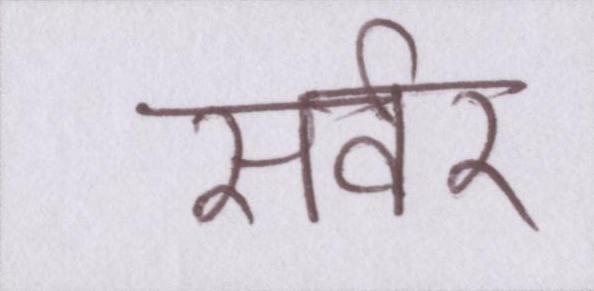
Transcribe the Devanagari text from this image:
सर्वर